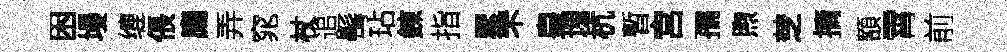
困墁缠倀廌弄窕杖追髩玷錬指累罘皇塊杭暫宫孺煦椘摘額霄前